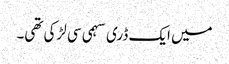
میں ایک ڈری سہمی سی لڑکی تھی۔